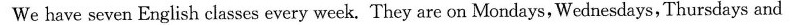
We have seven English classes every week. They are on Mondays, Wednesdays, Thursdays and